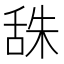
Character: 𦧙